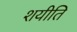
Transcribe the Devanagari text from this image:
शयीति